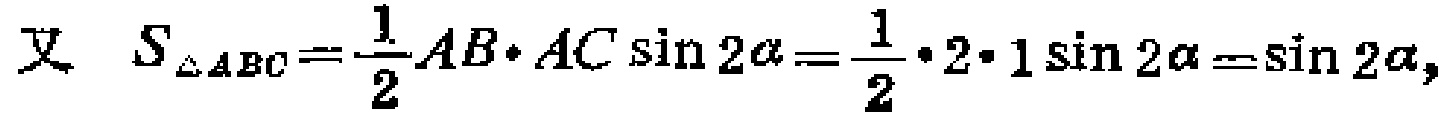
又 \(S_{\triangle ABC}=\frac{1}{2}AB\cdot AC\sin 2\alpha=\frac{1}{2}\cdot 2\cdot 1\sin 2\alpha=\sin 2\alpha\)，